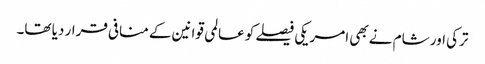
ترکی اور شام نے بھی امریکی فیصلے کو عالمی قوانین کے منافی قرار دیا تھا۔